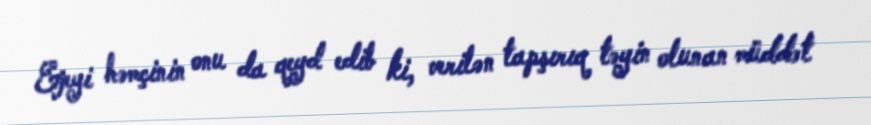
Ejeyi həmçinin onu da qeyd edib ki, verilən tapşırıq təyin olunan müddət